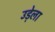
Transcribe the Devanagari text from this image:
उड़ेला